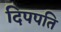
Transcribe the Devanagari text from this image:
दिपपति